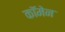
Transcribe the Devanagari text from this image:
कॉमेन